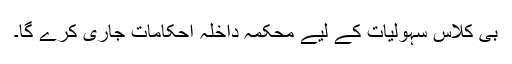
بی کلاس سہولیات کے لیے محکمہ داخلہ احکامات جاری کرے گا۔